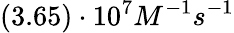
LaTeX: (3.65)\cdot 10^{7}M^{-1}s^{-1}